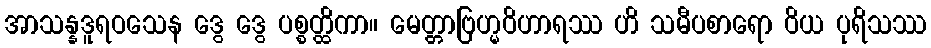
အာသန္နဒူရဝသေန ဒွေ ဒွေ ပစ္စတ္ထိကာ။ မေတ္တာဗြဟ္မဝိဟာရဿ ဟိ သမီပစာရော ဝိယ ပုရိသဿ